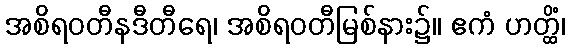
အစိရဝတီနဒီတီရေ၊ အစိရဝတီမြစ်နား၌။ ဧကံ ဟတ္ထိံ၊